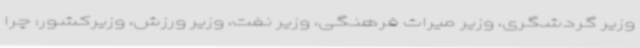
وزیر گردشگری، وزیر میراث فرهنگی، وزیر نفت، وزیر ورزش، وزیرکشور: چرا